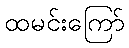
ထမင်းကြော်